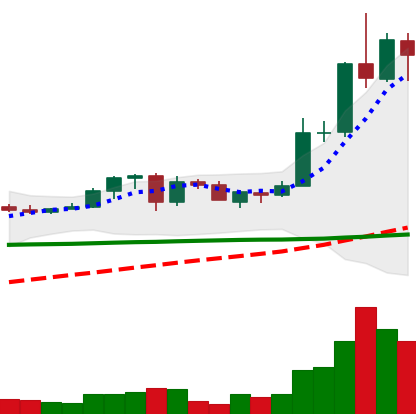
Ticker: ADA-USD
Chart end date: 2020-06-02
Forward return: 10.449%
Label: up_7plus